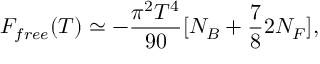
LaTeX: { \cal F } _ { f r e e } ( T ) \simeq - { \frac { \pi ^ { 2 } T ^ { 4 } } { 9 0 } } [ N _ { B } + { \frac { 7 } { 8 } } 2 N _ { F } ] ,